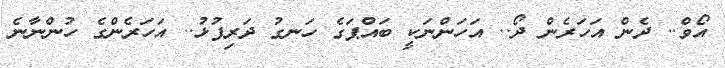
އޯވް.. ދެން އަހަރެން ދޯ.. އަހަންނަކީ ބައްޕަގެ ހަނގު ދަރިފުޅު.. އަހަރެންގެ ހުންނާނެ